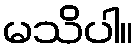
မသိပါ။